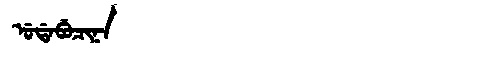
Manchu: ᡠᡩᠠᠪᡠᠴᡳᠨᠠ
Romanization: UDABUCINA